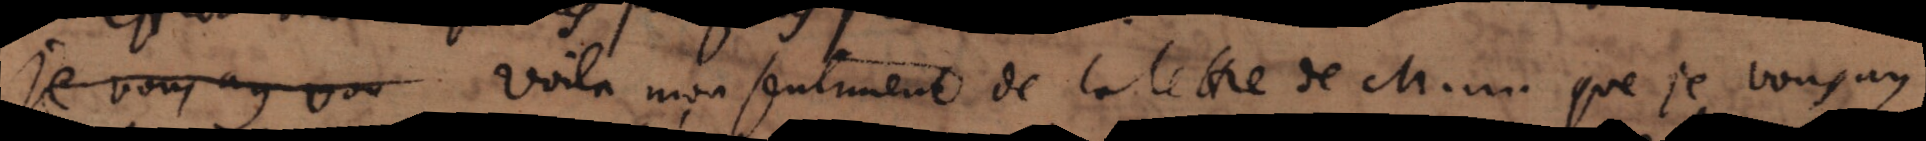
je vous ay vu Voilà mon sentiment de la lettre de M... que je vous ay